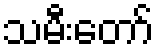
သမီးတော်